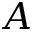
A